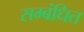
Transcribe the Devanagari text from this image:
सम्‍बंधित